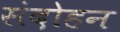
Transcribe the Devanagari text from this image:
संदोहन